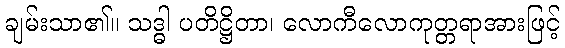
ချမ်းသာ၏။ သဒ္ဓါ ပတိဋ္ဌိတာ၊ လောကီလောကုတ္တရာအားဖြင့်